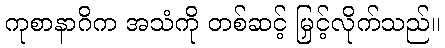
ကုစာနာဂိက အသံကို တစ်ဆင့် မြှင့်လိုက်သည်။